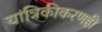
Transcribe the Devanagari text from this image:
यांत्रिकीकरणही